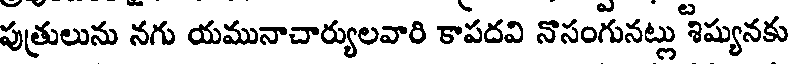
పుత్రులును నగు యమునాచార్యులవారి కాపదవి నొసంగునట్లు శిష్యునకు